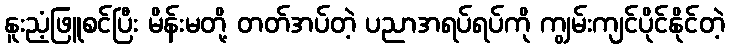
နူးညံ့ဖြူစင်ပြီး မိန်းမတို့ တတ်အပ်တဲ့ ပညာအရပ်ရပ်ကို ကျွမ်းကျင်ပိုင်နိုင်တဲ့